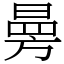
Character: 㬅